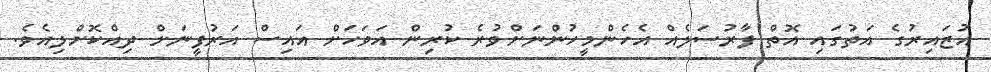
އުޒައިރުގެ އަތުގައި އޮތް ފާރުސަލެއް އެހެންމީހުންނަށްވުރެ ކުރިން އަވަހަށް އައިސް އަރުފީނަށް ދިއްކޮށްލިއެވެ.